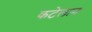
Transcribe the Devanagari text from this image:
कटेलान